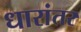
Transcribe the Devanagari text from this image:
धारांतर